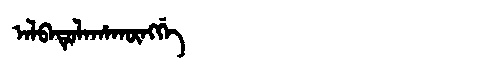
Manchu: ᠠᠯᠪᠠᡨᡠᠯᠠᡥᠠᡴᡡᠩᡤᡝ
Romanization: ALBATULAHAKŪNGGE